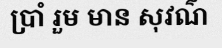
ប្រាំ រួម មាន សុវណ៌